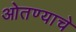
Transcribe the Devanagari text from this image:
ओतण्याचे